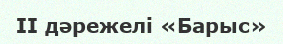
II дәрежелі «Барыс»